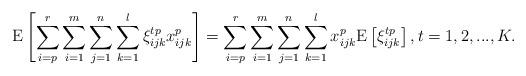
LaTeX: \begin{align*}{\rm E}\left[ {\sum\limits_{i = p}^r\sum\limits_{i = 1}^m {\sum\limits_{j = 1}^n {\sum\limits_{k = 1}^l {{\xi^{tp} _{ijk}}} {x^{p}_{ijk}}} } } \right] = \sum\limits_{i = p}^r\sum\limits_{i = 1}^m {\sum\limits_{j = 1}^n {\sum\limits_{k = 1}^l {{x^{p}_{ijk}}} } } {\rm E}\left[ {{\xi^{tp} _{ijk}}} \right],t=1,2,...,K.\end{align*}